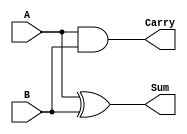
module half_adder (
    input wire A,      // First input bit
    input wire B,      // Second input bit
    output wire Sum,   // Sum output
    output wire Carry  // Carry output
);

// Sum calculation using XOR
assign Sum = A ^ B;

// Carry calculation using AND
assign Carry = A & B;

endmodule